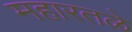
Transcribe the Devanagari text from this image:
महारतळे